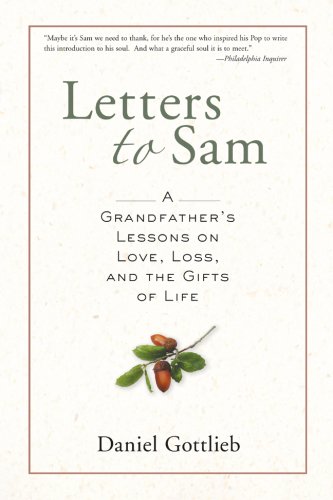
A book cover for Letters to Sam: A Grandfather's Lessons on Love, Loss, and the Gifts of Life; Daniel Gottlieb; Parenting & Relationships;